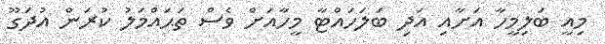
މިއީ ބަލިމީހާ އަށާއި އަދި ބަލަހައްޓާ މީހާއަށް ވެސް ތަޙައްމަލު ކުރަން އުދަގޫ